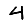
Digit: 4